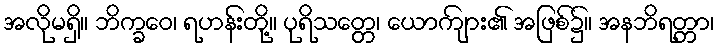
အလိုမရှိ။ ဘိက္ခဝေ၊ ရဟန်းတို့။ ပုရိသတ္တေ၊ ယောကျ်ား၏ အဖြစ်၌။ အနဘိရတ္တာ၊